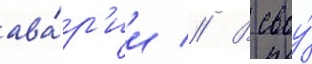
ава́р'ии // В своу́